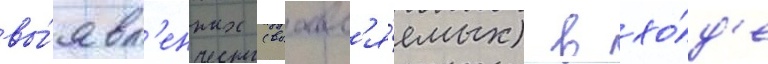
вы́явл'енных (выавл'я́емых) в хо́д'е